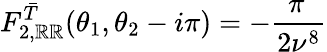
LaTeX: F_{2,\mathbb{R}\mathbb{R}}^{\bar{{T}}}(\theta_{1},\theta_{2}-i\pi)=-\frac{{\pi\, }}{{2\nu^{8}}}